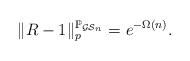
LaTeX: \begin{align*} \|R-1\|_p^{\mathbb{P}_{\mathcal{GS}_n}} = e^{-\Omega(n)}.\end{align*}